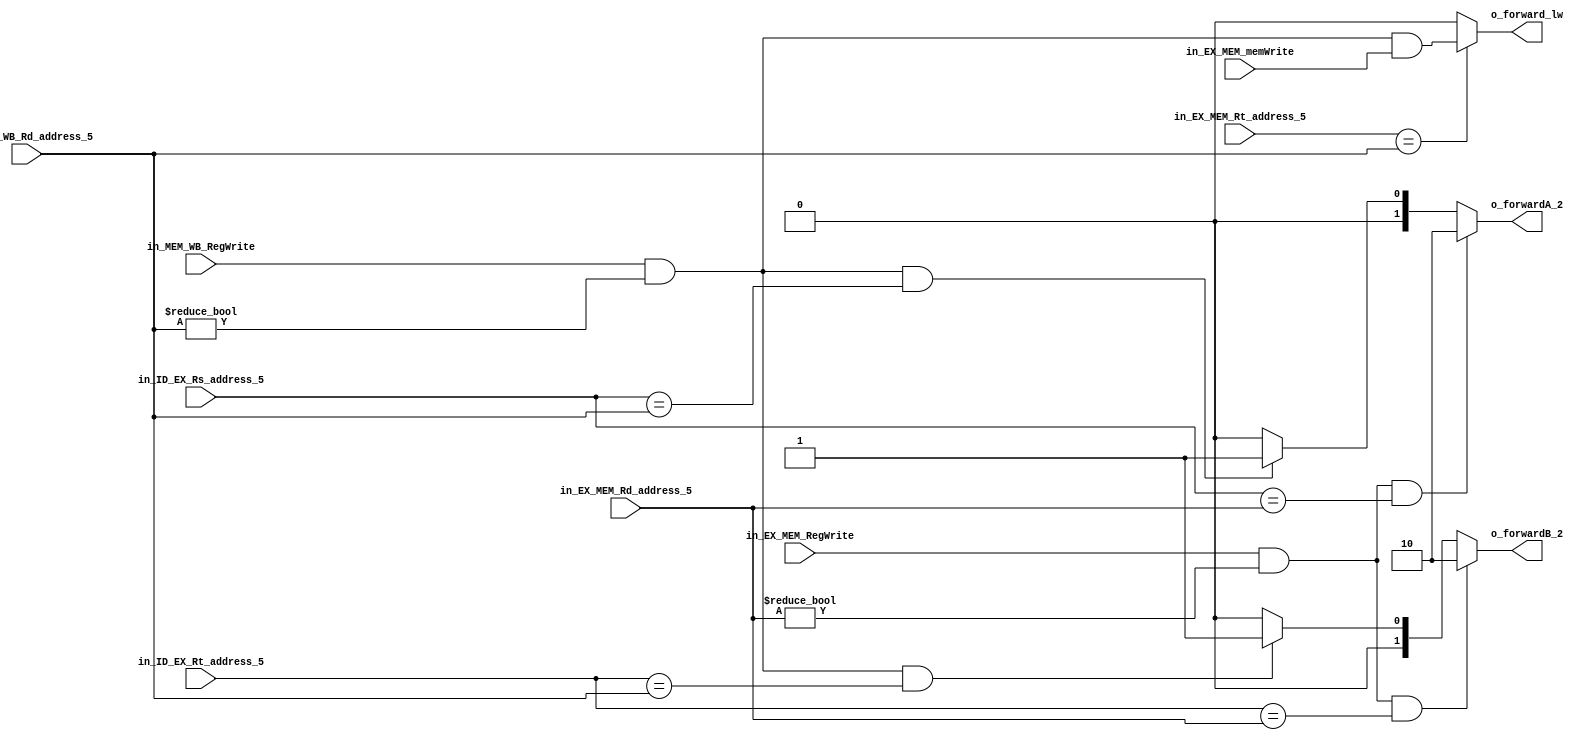
/******************************************************************
* Description
*	This is the Forwanrding Unit . It receives an signal called 
*	ALUOp from the control unit and a signal called ALUFunction from
*	the intrctuion field named function.
* Version:
*	1.0
* Author:
*	Mariana Chvez Medina
*	Daro Arias Muoz
* Date:
*	03/05/2020
******************************************************************/
module ForwardingUnit
(	
	input  in_MEM_WB_RegWrite,
	input  in_EX_MEM_RegWrite,
	input  [4:0] in_MEM_WB_Rd_address_5,
	input  [4:0] in_EX_MEM_Rd_address_5,

	input  in_EX_MEM_memWrite,

	input  [4:0] in_ID_EX_Rt_address_5,
	input  [4:0] in_ID_EX_Rs_address_5,

	input  [4:0] in_EX_MEM_Rt_address_5,

	output o_forward_lw,
	output [1:0] o_forwardA_2,
	output [1:0] o_forwardB_2
);


wire w_exHazardRs;
wire w_exHazardRt;

wire w_memHazardRs;
wire w_memHazardRt;

wire w_ExRdNotZeroAndRegWrite;
wire w_MemRdNotZeroAndRegWrite;
// EXecution hazard

// Rs -> A
// Rt -> B

assign w_ExRdNotZeroAndRegWrite  = (in_EX_MEM_RegWrite == 1'b 1 & in_EX_MEM_Rd_address_5 != 5'b 0);

assign w_exHazardRs = w_ExRdNotZeroAndRegWrite & (in_ID_EX_Rs_address_5 == in_EX_MEM_Rd_address_5);

assign w_exHazardRt = w_ExRdNotZeroAndRegWrite & (in_ID_EX_Rt_address_5 == in_EX_MEM_Rd_address_5);


assign w_MemRdNotZeroAndRegWrite = (in_MEM_WB_RegWrite == 1'b 1 & in_MEM_WB_Rd_address_5 != 5'b 0);

assign w_memHazardRs = w_MemRdNotZeroAndRegWrite & (in_ID_EX_Rs_address_5 == in_MEM_WB_Rd_address_5);

assign w_memHazardRt = w_MemRdNotZeroAndRegWrite & (in_ID_EX_Rt_address_5 == in_MEM_WB_Rd_address_5);



assign o_forwardA_2 =  (w_exHazardRs) ? 2'b 10 : (w_memHazardRs) ? 2'b 01 : 2'b 00;
assign o_forwardB_2 =  (w_exHazardRt) ? 2'b 10 : (w_memHazardRt) ? 2'b 01 : 2'b 00;
assign o_forward_lw =  (in_EX_MEM_Rt_address_5 == in_MEM_WB_Rd_address_5) ? (w_MemRdNotZeroAndRegWrite & in_EX_MEM_memWrite) : 1'b 0;




endmodule
//alucontrol//